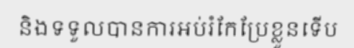
និងទទួលបានការអប់រំកែប្រែខ្លួនទើប